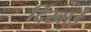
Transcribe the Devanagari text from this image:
र्दिखाई